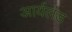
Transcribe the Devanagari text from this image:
आर्यलंड